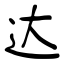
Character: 达